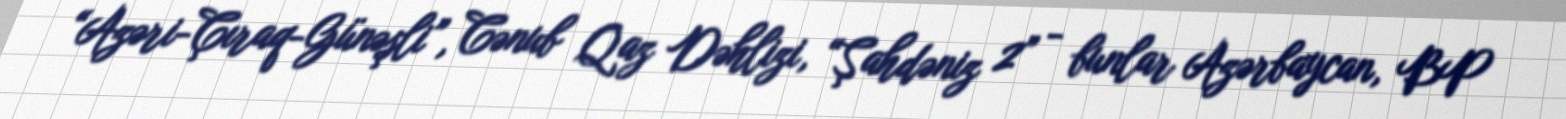
“Azəri-Çıraq-Günəşli”, Cənub Qaz Dəhlizi, “Şahdəniz 2” - bunlar Azərbaycan, BP